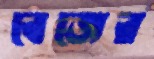
বেজের